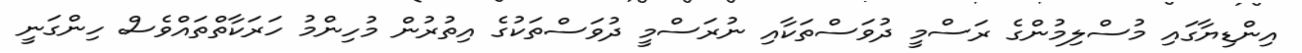
އިންޑިޔާގައި މުސްލިމުންގެ ރަސްމީ ދުވަސްތަކާއި ނުރަސްމީ ދުވަސްތަކުގެ އިތުރުން މުހިންމު ހަރަކާތްތައްވެސް ހިންގަނީ